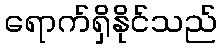
ရောက်ရှိနိုင်သည်